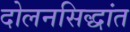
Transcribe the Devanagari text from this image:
दोलनसिद्धांत